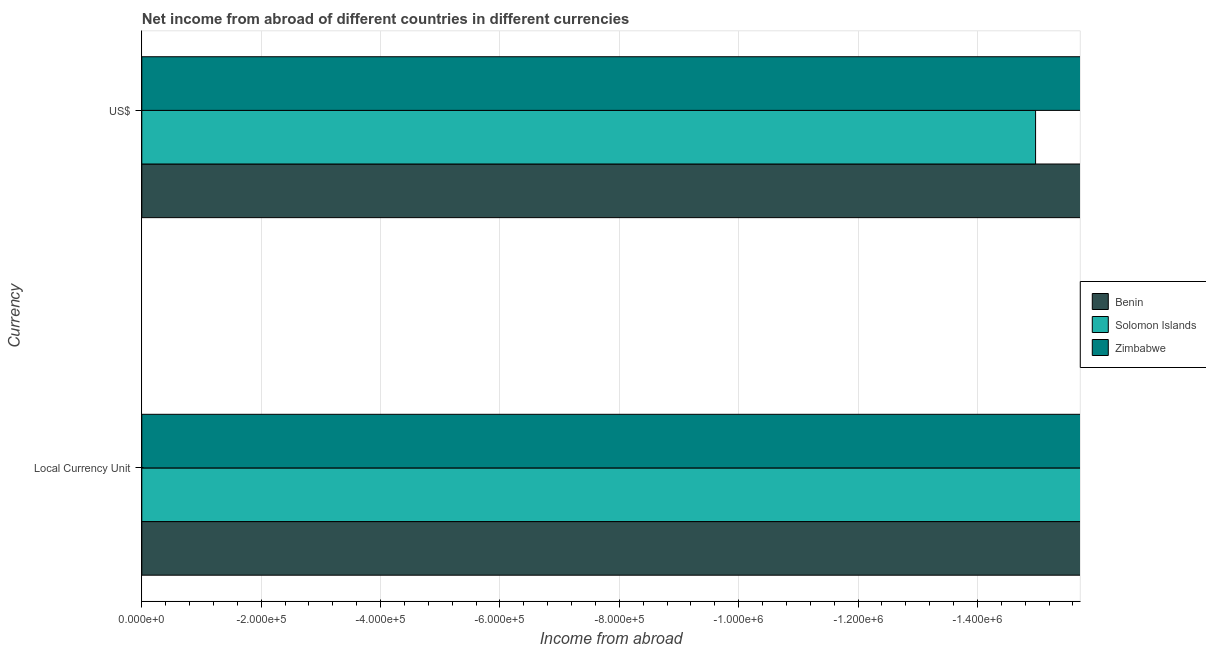
| Currency | Benin | Solomon Islands | Zimbabwe |
 | --- | --- | --- | --- |
 | Local Currency Unit | -8.6e+09 | -3e+06 | -2.14e+08 |
 | US$ | -2.86e+07 | -1.5e+06 | -2.14e+08 |